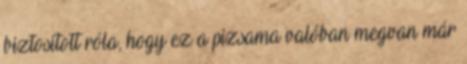
biztosított róla, hogy ez a pizsama valóban megvan már